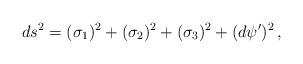
LaTeX: \begin{align*}ds^2=(\sigma_1)^2+(\sigma_2)^2+(\sigma_3)^2+(d\psi')^2\, ,\end{align*}